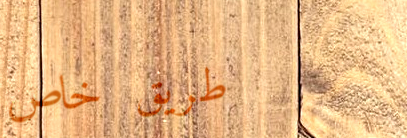
طريق خاص